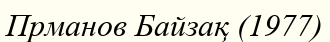
Прманов Байзақ (1977)